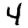
Digit: 4